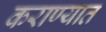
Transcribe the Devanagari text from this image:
कराण्यात